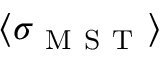
\langle \sigma _ { \mathrm { ~ M ~ S ~ T ~ } } \rangle